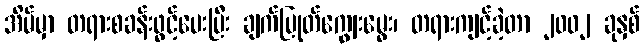
အိမ်မှာ တရားစခန်းဖွင့်ပေးပြီး ချက်ပြုတ်ကျွေးမွေး၊ တရားကျင့်ခဲ့တာ ၂၀၀၂ ခုနှစ်